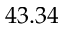
4 3 . 3 4